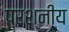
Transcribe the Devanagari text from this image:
प्रश्नीय